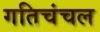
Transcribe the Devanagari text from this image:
गतिचंचल